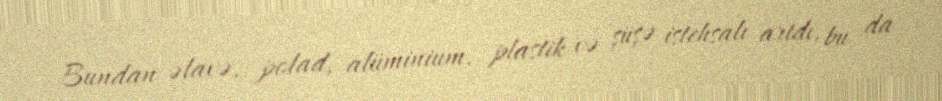
Bundan əlavə, polad, alüminium, plastik və şüşə istehsalı artdı, bu da